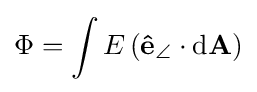
\Phi =\int E\left(\mathbf {\hat {e}} _{\angle }\cdot \mathrm {d} \mathbf {A} \right)